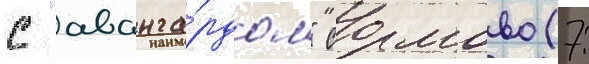
с "аванга́рдом" сормово (7: